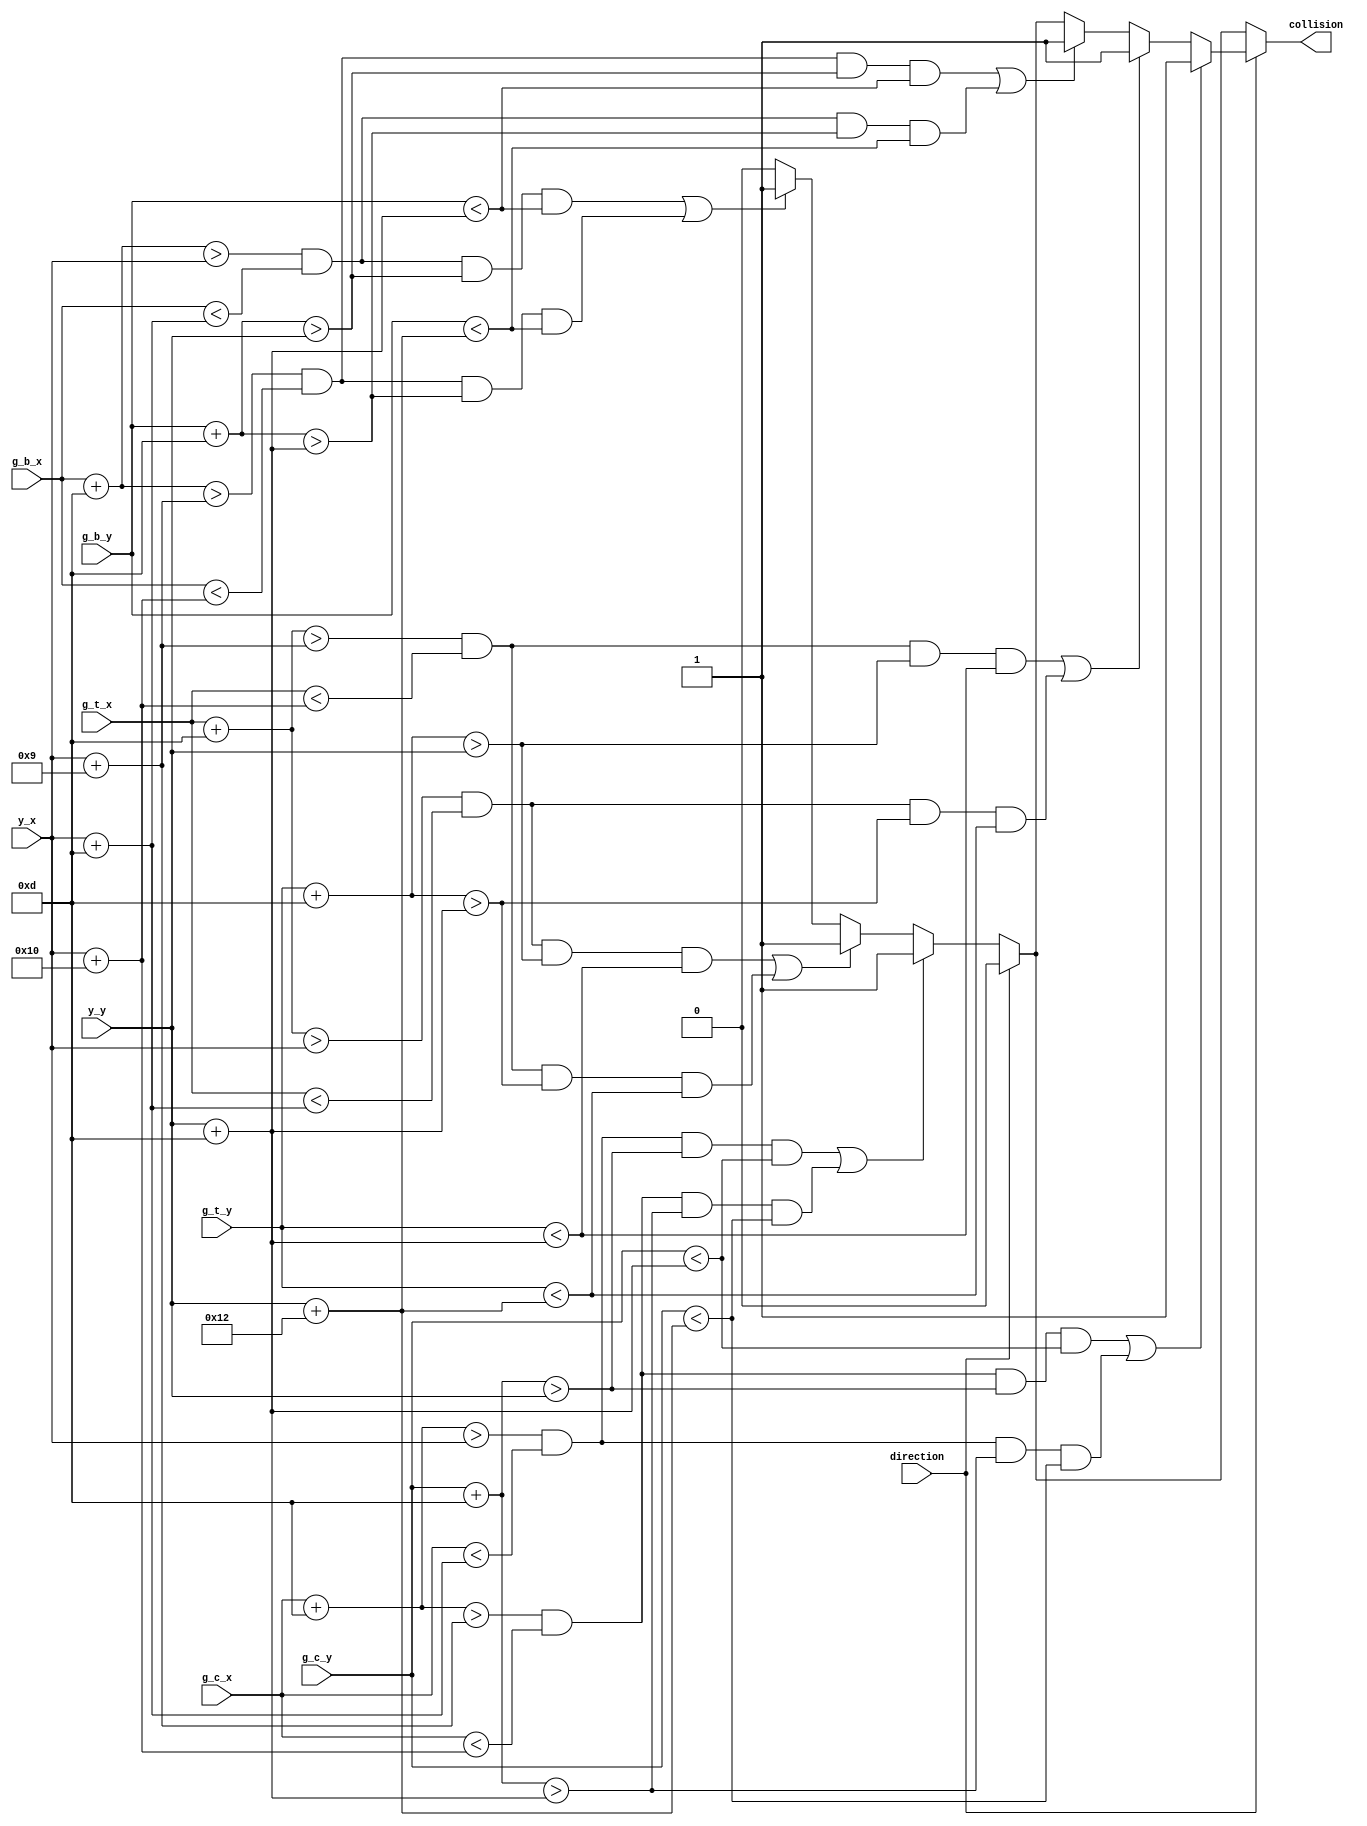
module enemy_collision
	(
		input direction,                // current direction of yoshi
		input wire [9:0] y_x, y_y,      // yoshi x/y
		input wire [9:0] g_c_x, g_c_y,  // ghost_crazy x/y
		input wire [9:0] g_t_x, g_t_y,  // ghost_top x/y
		input wire [9:0] g_b_x, g_b_y,  // ghost_bottom x/y
		output wire collision           // output signal asserted when ghost and yoshi collide
    );
	
	// symbolic states for left and right motion
    localparam LEFT = 0;
    localparam RIGHT = 1;
	
	// register for collision state
	reg collide;
	
	always @*
		begin
		// default
		collide = 0;
		
		// if yoshi facing left
		if(direction == LEFT)
			begin
			// if yoshi and ghost_crazy are within each other, assert collide
			if((g_c_x + 13 > y_x && g_c_x < y_x + 13 && g_c_y + 13 > y_y && g_c_y < y_y + 13) ||
			   (g_c_x + 13 > y_x + 9 && g_c_x < y_x + 16 && g_c_y + 13 > y_y + 13 && g_c_y < y_y + 18))
			  collide = 1;
			  
			// if yoshi and ghost_top are within each other, assert collide  
			else if((g_t_x + 13 > y_x && g_t_x < y_x + 13 && g_t_y + 13 > y_y && g_t_y < y_y + 13) ||
			        (g_t_x + 13 > y_x + 9 && g_t_x < y_x + 16 && g_t_y + 13 > y_y + 13 && g_t_y < y_y + 18))
			  collide = 1;
			  
			// if yoshi and ghost_bottom are within each other, assert collide  
			else if((g_b_x + 13 > y_x && g_b_x < y_x + 13 && g_b_y + 13 > y_y && g_b_y < y_y + 13) ||
			        (g_b_x + 13 > y_x + 9 && g_b_x < y_x + 16 && g_b_y + 13 > y_y + 13 && g_b_y < y_y + 18))
			  collide = 1;
			end
		
		// if yoshi facing right	
		if(direction == RIGHT)
			begin
			// if yoshi and ghost_crazy are within each other, assert collide
			if((g_c_x + 13 > y_x + 9 && g_c_x < y_x + 16 && g_c_y + 13 > y_y && g_c_y < y_y + 13) ||
			   (g_c_x + 13 > y_x && g_c_x < y_x + 13 && g_c_y + 13 > y_y + 13 && g_c_y < y_y + 18))
			  collide = 1;
			
			// if yoshi and ghost_top are within each other, assert collide
			else if((g_t_x + 13 > y_x + 9 && g_t_x < y_x + 16 && g_t_y + 13 > y_y && g_t_y < y_y + 13) ||
			        (g_t_x + 13 > y_x && g_t_x < y_x + 13 && g_t_y + 13 > y_y + 13 && g_t_y < y_y + 18))
			  collide = 1;
			
			// if yoshi and ghost_bottom are within each other, assert collide
			else if((g_b_x + 13 > y_x + 9 && g_b_x < y_x + 16 && g_b_y + 13 > y_y && g_b_y < y_y + 13) ||
			        (g_b_x + 13 > y_x && g_b_x < y_x + 13 && g_b_y + 13 > y_y + 13 && g_b_y < y_y + 18))
			  collide = 1;
			end
		end
	
	// assert output signal
	assign collision = collide;
			
endmodule